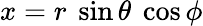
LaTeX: x=r~\sin\theta~\cos\phi